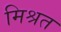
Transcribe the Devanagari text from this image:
मिश्रत